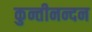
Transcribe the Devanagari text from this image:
कुन्तीनन्दन